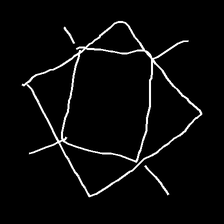
Glyph: light